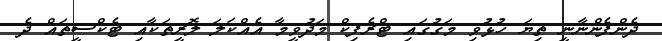
ދެންފެންނާނީ ތިޔަ ހުޅުވި މަގުގައި ޓްރެފިކް މަދުވީމާ އެއްކަލަ ލޮރީތަކާއި ޓެކްސީތައް ދެ